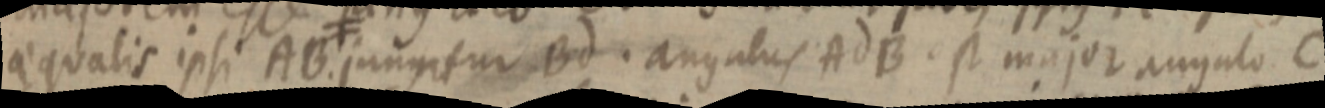
aequalis ipsi AB jungatur Bd. angulus AdB est major angulo C